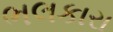
ભલકારા